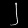
Digit: ၂